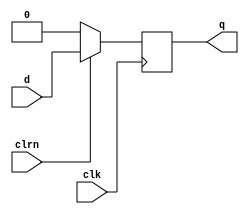
/************************************************
  The Verilog HDL code example is from the book
  Computer Principles and Design in Verilog HDL
  by Yamin Li, published by A JOHN WILEY & SONS
************************************************/
module d_ff_sync (d,clk,clrn,q);      // dff with synchronous reset (to clk)
    input      d, clk, clrn;          // inputs d, clk, clrn (active low)
    output reg q;                     // output q, register type
    always @ (posedge clk) begin      // always block, posedge: rising edge
        if (!clrn) q <= 0;            // if clrn is asserted, reset dff
        else       q <= d;            // else store d to dff
    end
endmodule